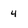
Character: 4